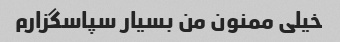
خیلی ممنون من بسیار سپاسگزارم